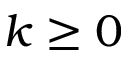
k \geq 0